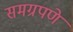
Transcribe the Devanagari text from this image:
समग्रपणे